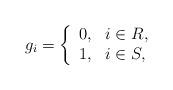
LaTeX: \begin{align*} g_i=\left\{\begin{array}{ll}0, & i\in R,\\ 1, & i\in S,\end{array}\right.\end{align*}